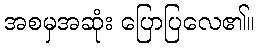
အစမှအဆုံး ပြောပြလေ၏။